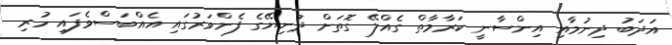
އަދަބު ދިނުމާއި އިންސާނީ ކަރާމާތް ގެއްލޭ ގޮތަށް ދުނިޔޭގެ ފެންވަރުގައި އެއްބަސްވެފައި ހުރި